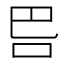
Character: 𭇋